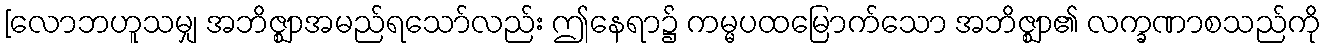
[လောဘဟူသမျှ အဘိဇ္ဈာအမည်ရသော်လည်း ဤနေရာ၌ ကမ္မပထမြောက်သော အဘိဇ္ဈာ၏ လက္ခဏာစသည်ကို